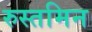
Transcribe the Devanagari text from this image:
रुस्तमिन